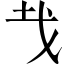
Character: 𢦏